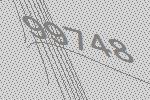
99748